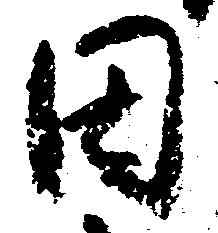
田